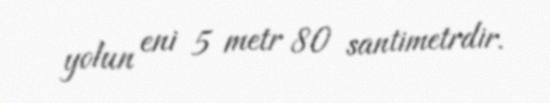
yolun eni 5 metr 80 santimetrdir.